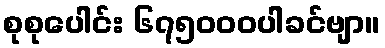
စုစုပေါင်း ၆၇၅၀၀၀ပါခင်ဗျာ။